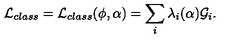
{ \cal L } _ { c l a s s } = { \cal L } _ { c l a s s } ( \phi , \alpha ) = \sum _ { i } \lambda _ { i } ( \alpha ) { \cal G } _ { i } .